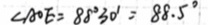
\angle A O E = 8 8 ^ { \circ } 3 0 ^ { \prime } = 8 8 . 5 ^ { \circ }